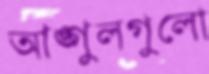
আঙ্গুলগুলো